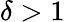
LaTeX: \delta>1